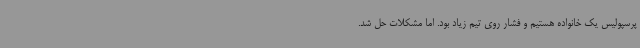
پرسپولیس یک خانواده هستیم و فشار روی تیم زیاد بود. اما مشکلات حل شد.